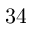
3 4